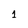
Character: 1